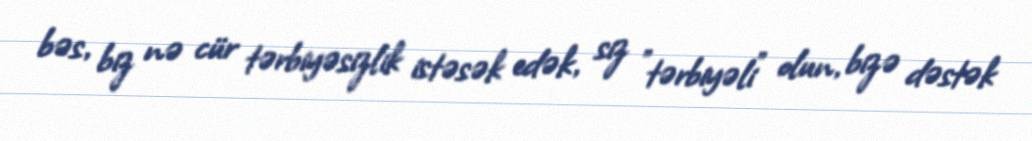
bəs, biz nə cür tərbiyəsizlik istəsək edək, siz "tərbiyəli" olun, bizə dəstək